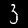
Digit: 3